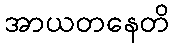
အာယတနေတိ